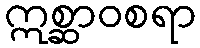
ဣစ္ဆာဝစရာ